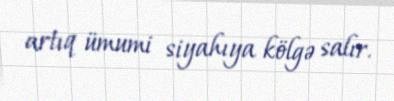
artıq ümumi siyahıya kölgə salır.